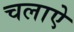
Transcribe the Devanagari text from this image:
चलाऐ